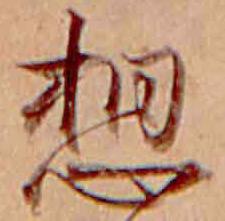
想